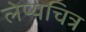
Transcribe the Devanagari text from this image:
लेप्यचित्र